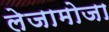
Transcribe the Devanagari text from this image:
लेजामोजा